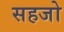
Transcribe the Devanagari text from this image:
सहजो